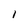
Character: I